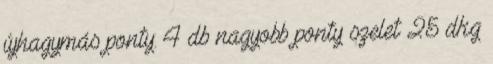
újhagymás ponty: 4 db nagyobb ponty szelet 25 dkg